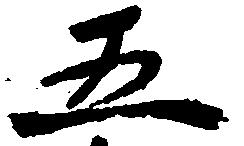
五